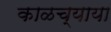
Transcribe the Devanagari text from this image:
काळच्याया